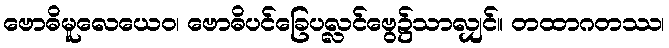
ဗောဓိမူလေယေဝ၊ ဗောဓိပင်ခြေပလ္လင်ဗွေ၌သာလျှင်။ တထာဂတဿ၊